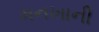
મનખાની